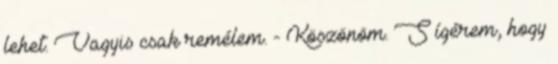
lehet. Vagyis csak remélem. - Köszönöm. S ígérem, hogy